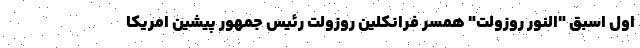
اول اسبق "النور روزولت" همسر فرانکلین روزولت رئیس جمهور پیشین امریکا